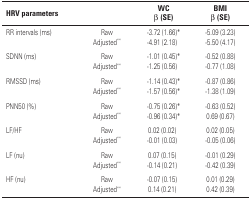
<table><thead><tr><td><b>HRV parameters</b></td><td></td><td><b>WC β (SE)</b></td><td><b>BMI β (SE)</b></td></tr></thead><tbody><tr><td>RR intervals (ms)</td><td>Raw</td><td>-3.72 (1.66)*</td><td>-5.09 (3.23)</td></tr><tr><td></td><td>Adjusted**</td><td>−4.91 (2.18)</td><td>−5.50 (4.17)</td></tr><tr><td>SDNN (ms)</td><td>Raw</td><td>−1.01 (0.45)*</td><td>−0.52 (0.88)</td></tr><tr><td></td><td>Adjusted**</td><td>−1.25 (0.56)</td><td>−0.77 (1.08)</td></tr><tr><td>RMSSD (ms)</td><td>Raw</td><td>−1.14 (0.43)*</td><td>−0.87 (0.86)</td></tr><tr><td></td><td>Adjusted**</td><td>−1.57 (0.56)*</td><td>−1.38 (1.09)</td></tr><tr><td>PNN50 (%)</td><td>Raw</td><td>−0.75 (0.26)*</td><td>−0.63 (0.52)</td></tr><tr><td></td><td>Adjusted**</td><td>−0.96 (0.34)*</td><td>0.69 (0.67)</td></tr><tr><td>LF/HF</td><td>Raw</td><td>0.02 (0.02)</td><td>0.02 (0.05)</td></tr><tr><td></td><td>Adjusted**</td><td>−0.01 (0.03)</td><td>−0.05 (0.06)</td></tr><tr><td>LF (nu)</td><td>Raw</td><td>0.07 (0.15)</td><td>−0.01 (0.29)</td></tr><tr><td></td><td>Adjusted**</td><td>−0.14 (0.21)</td><td>−0.42 (0.39)</td></tr><tr><td>HF (nu)</td><td>Raw</td><td>−0.07 (0.15)</td><td>0.01 (0.29)</td></tr><tr><td></td><td>Adjusted**</td><td>0.14 (0.21)</td><td>0.42 (0.39)</td></tr></tbody></table>